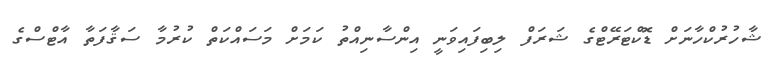
ޝާހުރުކްހާނަށް ޑޮކްޓަރޭޓްގެ ޝަރަފް ލިބިފައިވަނީ އިންސާނިއްތު ކަމަށް މަސައްކަތް ކުރުމާ ސަޤާފަތާ އާޓްސްގެ